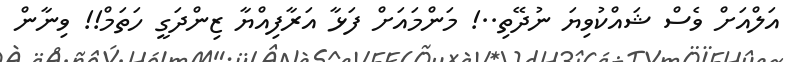
އަލްއަށް ވެސް ޝައްކުވިޔަ ނުދޭތި..! މަންމައަށް ފަޅާ އަރާފިއްޔާ ޒިންދަގީ ހަތަމް!! ވިނާން